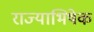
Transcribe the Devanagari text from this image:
राज्‍याभिषेक